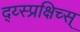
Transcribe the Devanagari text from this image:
द्य्स्प्रक्षिच्स्